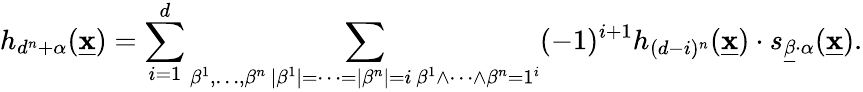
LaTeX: h_{d^{n}+\alpha}(\underline{{\mathbf{x}}})=\sum_{i=1}^{d}\sum_{\substack{\beta^{1},\dots,\beta^{n}\, |\beta^{1}|=\cdots=|\beta^{n}|=i\, \beta^{1}\wedge\cdots\wedge\beta^{n}=1^{i}}}(-1)^{i+1}h_{(d-i)^{n}}(\underline{{\mathbf{x}}})\cdot s_{\underline{{\beta}}\cdot\alpha}(\underline{{\mathbf{x}}}).